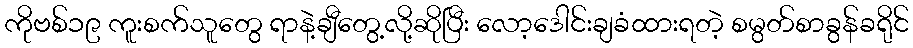
ကိုဗစ်၁၉ ကူးစက်သူတွေ ရာနဲ့ချီတွေ့လို့ဆိုပြီး လော့ဒေါင်းချခံထားရတဲ့ စမွတ်စာခွန်ခရိုင်